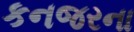
કનજરના